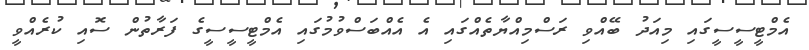
އެމްޓީސީސީގައި މިއަދު ބޭއްވި ރަސްމިއްޔާތެއްގައި އެ އެއްބަސްވުމުގައި އެމްޓީސީސީގެ ފަރާތުން ސޮއި ކުރެއްވީ